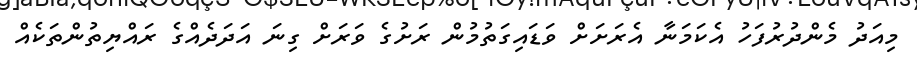
މިއަދު މެންދުރުފަހު އެކަމަނާ އެރަށަށް ވަޑައިގަތުމުން ރަށުގެ ވަރަށް ގިނަ އަދަދެއްގެ ރައްޔިތުންތަކެއް